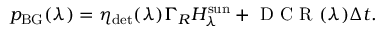
p _ { \mathrm { B G } } ( \lambda ) = \eta _ { \mathrm { d e t } } ( \lambda ) \Gamma _ { R } H _ { \lambda } ^ { \mathrm { s u n } } + \mathrm { ~ D ~ C ~ R ~ } ( \lambda ) \Delta t .